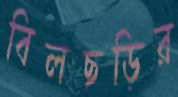
বিলছড়ির